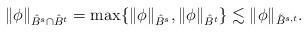
LaTeX: \begin{align*}\|\phi\|_{\hat{B}^s\cap\hat{B}^t}=\max\{\|\phi\|_{\hat{B}^s},\|\phi\|_{\hat{B}^t}\}\lesssim \|\phi\|_{\tilde{B}^{s,t}}.\end{align*}